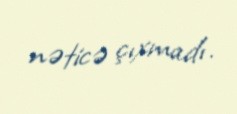
nəticə çıxmadı.